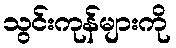
သွင်းကုန်များကို